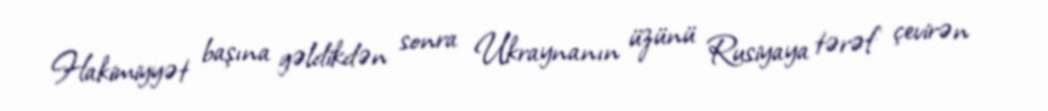
Hakimiyyət başına gəldikdən sonra Ukraynanın üzünü Rusiyaya tərəf çevirən